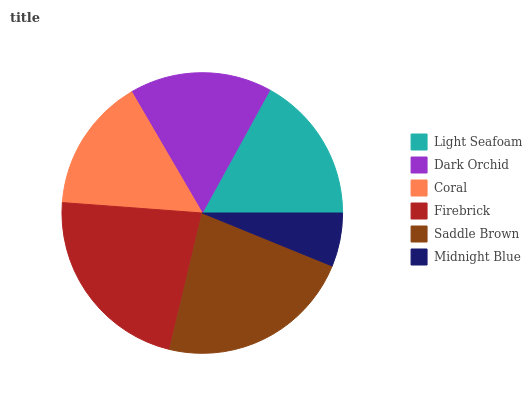
| Light Seafoam | Dark Orchid | Coral | Firebrick | Saddle Brown | Midnight Blue |
 | --- | --- | --- | --- | --- | --- |
 | 17% | 16.4% | 15.4% | 22.4% | 22.6% | 6.16% |